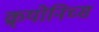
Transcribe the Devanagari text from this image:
क्र्योनिच्स